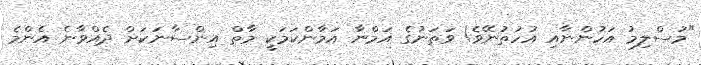
"މުސްލިމު އަހުންނާއި އުހުތުނޭވެ! ވަތަނުގެ އަމްނާ އަމާންކަމަކީ މާތް އިންސާނަކަށް ދެއްވާނެ އެންމެ